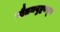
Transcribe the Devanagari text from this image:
गौतमबुद्धकडून